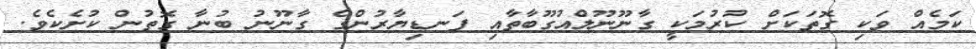
ކަމެއް ވަކި ގޮތަކަށް ކުރުމަކީ ގާނޫނޫލްއުގޫބާތާއި ފަނޑިޔާރުންގެ ގާނޫނު ބުނާ ގޮތުން ކުށެކެވެ.